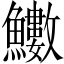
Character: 𩽋